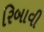
રિબાવી